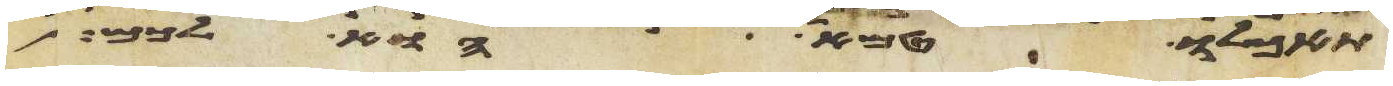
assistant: תאכלו טמא הוא לכם